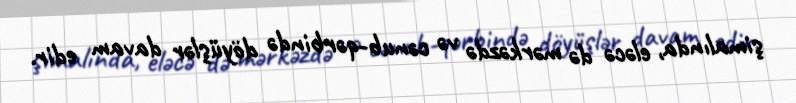
şimalında, eləcə də mərkəzdə və cənub-qərbində döyüşlər davam edir.